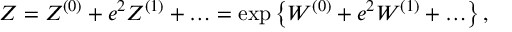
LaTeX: Z = Z ^ { ( 0 ) } + e ^ { 2 } Z ^ { ( 1 ) } + \ldots = \exp \left\{ W ^ { ( 0 ) } + e ^ { 2 } W ^ { ( 1 ) } + \ldots \right\} ,